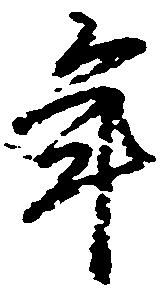
年